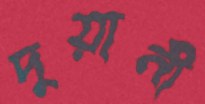
দুয়ানী